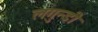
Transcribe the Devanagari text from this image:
लगुन्डी